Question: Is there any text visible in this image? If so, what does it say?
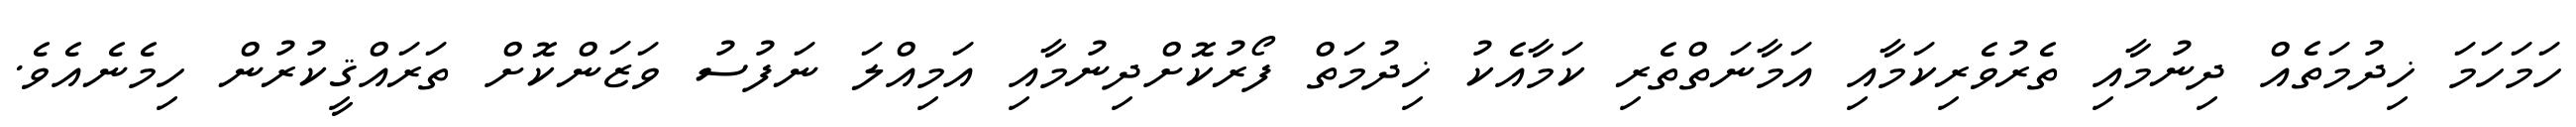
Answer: ހަމަހަމަ ޚިދުމަތެއް ދިނުމާއި ތެރުވެރިކަމާއި އަމާނަތްތެރި ކަމާއެކު ޚިދުމަތް ފޯރުކޮށްދިނުމާއި އަމިއްލަ ނަފުސު ވަޒަންކޮށް ތަރައްޤީކުރުން ހިމެނެއެވެ.